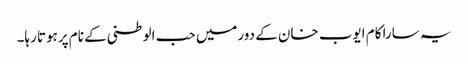
یہ سارا کام ایوب خان کے دورمیں حب الوطنی کے نام پرہوتا رہا۔